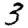
Digit: 3